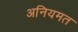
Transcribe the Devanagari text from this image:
अनियमत